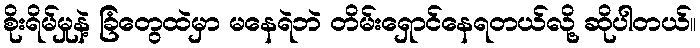
စိုးရိမ်မှုနဲ့ ခြံတွေထဲမှာ မနေရဲဘဲ တိမ်းရှောင်နေရတယ်လို့ ဆိုပါတယ်။